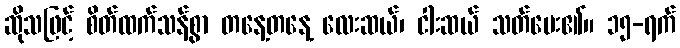
ဆိုသဖြင့် စိတ်ထက်သန်စွာ တနေ့တနေ့ လေးဆယ်၊ ငါးဆယ် သတ်ပေး၏။ ၁၅-ရက်